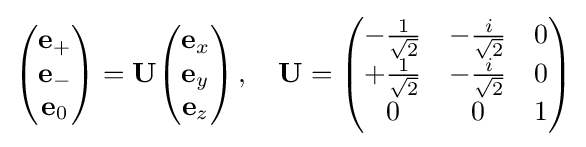
{\begin{pmatrix}\mathbf {e} _{+}\\\mathbf {e} _{-}\\\mathbf {e} _{0}\end{pmatrix}}=\mathbf {U} {\begin{pmatrix}\mathbf {e} _{x}\\\mathbf {e} _{y}\\\mathbf {e} _{z}\end{pmatrix}}\,,\quad \mathbf {U} ={\begin{pmatrix}-{\frac {1}{\sqrt {2}}}&-{\frac {i}{\sqrt {2}}}&0\\+{\frac {1}{\sqrt {2}}}&-{\frac {i}{\sqrt {2}}}&0\\0&0&1\end{pmatrix}}